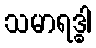
သမာရဒ္ဓါ